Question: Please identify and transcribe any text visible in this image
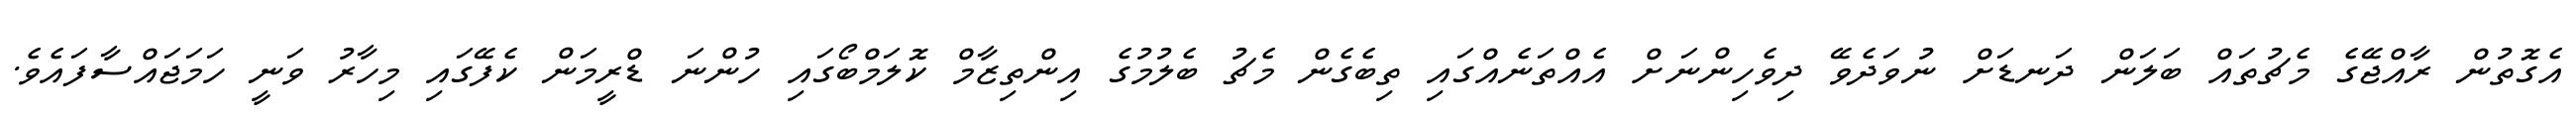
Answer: އެގޮތުން ރާއްޖޭގެ މެޗުތައް ބަލަން ދަނޑަށް ނުވަދެވޭ ދިވެހިންނަށް އެއްތަނެއްގައި ތިބެގެން މެޗު ބެލުމުގެ އިންތިޒާމް ކޮލަމްބޯގައި ހުންނަ ޑްރީމަން ކެފޭގައި މިހާރު ވަނީ ހަމަޖައްސާފައެވެ.